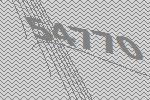
54770